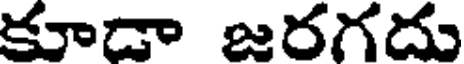
కూడా జరగదు